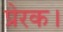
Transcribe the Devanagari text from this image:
प्रेरक।